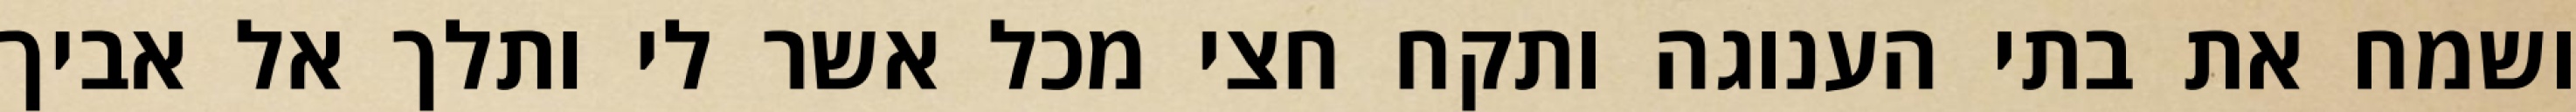
ושמח את בתי הענוגה ותקח חצי מכל אשר לי ותלך אל אביך